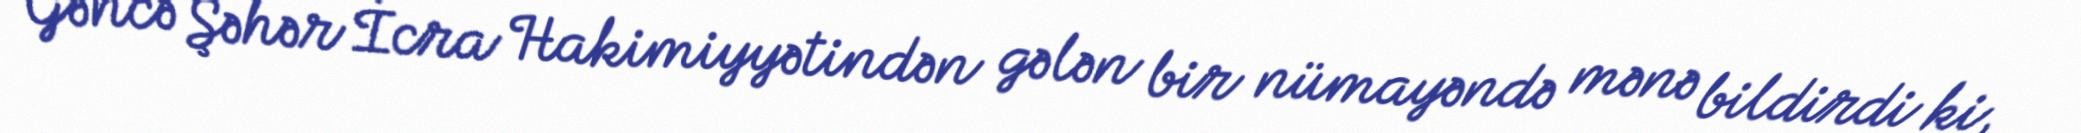
Gəncə Şəhər İcra Hakimiyyətindən gələn bir nümayəndə mənə bildirdi ki,